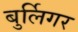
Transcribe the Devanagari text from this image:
बुर्लिगर